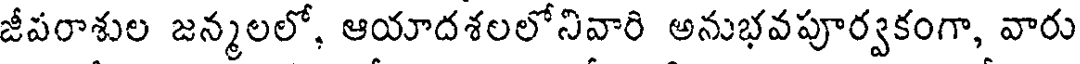
జీపరాశుల జన్మలలో, ఆయాదశలలోనివారి అనుభవపూర్వకంగా, వారు